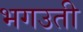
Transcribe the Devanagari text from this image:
भगउती